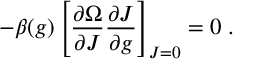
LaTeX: - \beta ( g ) \left[ \frac { \partial \Omega } { \partial J } \frac { \partial J } { \partial g } \right] _ { J = 0 } = 0 \; .